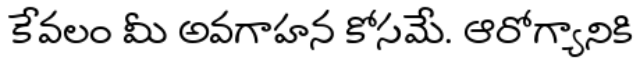
కేవలం మీ అవగాహన కోసమే. ఆరోగ్యానికి